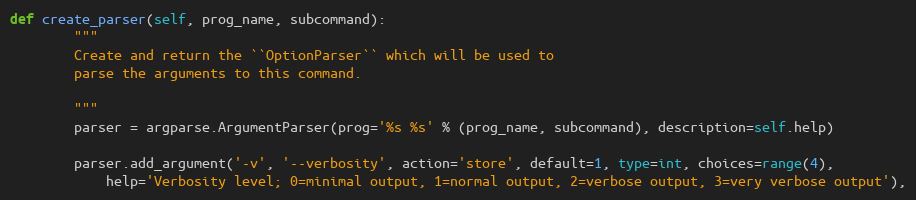
Language: Python
def create_parser(self, prog_name, subcommand):
        """
        Create and return the ``OptionParser`` which will be used to
        parse the arguments to this command.

        """
        parser = argparse.ArgumentParser(prog='%s %s' % (prog_name, subcommand), description=self.help)

        parser.add_argument('-v', '--verbosity', action='store', default=1, type=int, choices=range(4),
            help='Verbosity level; 0=minimal output, 1=normal output, 2=verbose output, 3=very verbose output'),